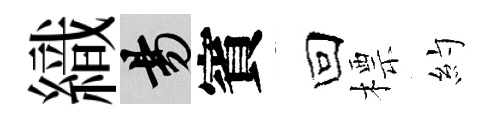
織昜賓回標約